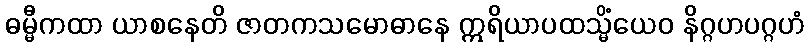
ဓမ္မီကထာ ယာစနေတိ ဇာတကသမောဓာနေ ဣရိယာပထသ္မိံယေဝ နိဂ္ဂဟပဂ္ဂဟံ